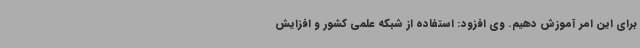
برای این امر آموزش دهیم. وی افزود: استفاده از شبکه علمی کشور و افزایش